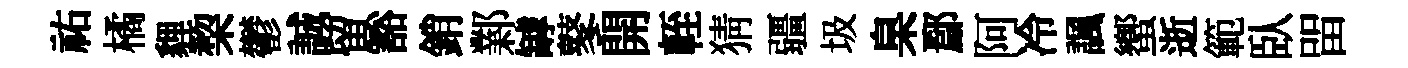
祐橘貍棃鬱誠留豁銷鄴罅鼕開輊猜疆圾臬鄢阿冷諷蠁逝範臥㽞